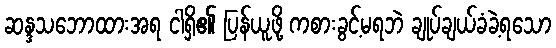
ဆန္ဒသဘောထားအရ ငါရှိ၏ ပြန်ယူဖို့ ကစားခွင့်မရဘဲ ချုပ်ချယ်ခံခဲ့ရသော